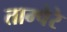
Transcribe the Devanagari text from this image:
ताम्पेरे